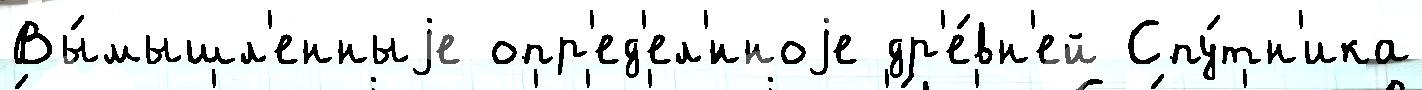
Вы́мышл'енныjе опр'ед'ел'́нноjе др'е́вн'ей Спу́тн'ика